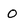
Character: 0